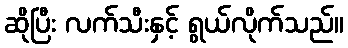
ဆိုပြီး လက်သီးနှင့် ရွယ်လိုက်သည်။